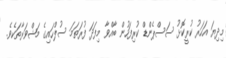
މިދިޔަ އަހަރު ކުރީކޮޅު ސަސްޕެންޑް ކުރިފަހުން ބާއްވާ މިފަދަ ފުރަތަމަ ސުލްހައިގެ މަޝްވަރާތަކެވެ.